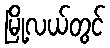
မြို့လယ်တွင်